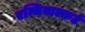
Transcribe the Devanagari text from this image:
एन्जियाल्कर्ट